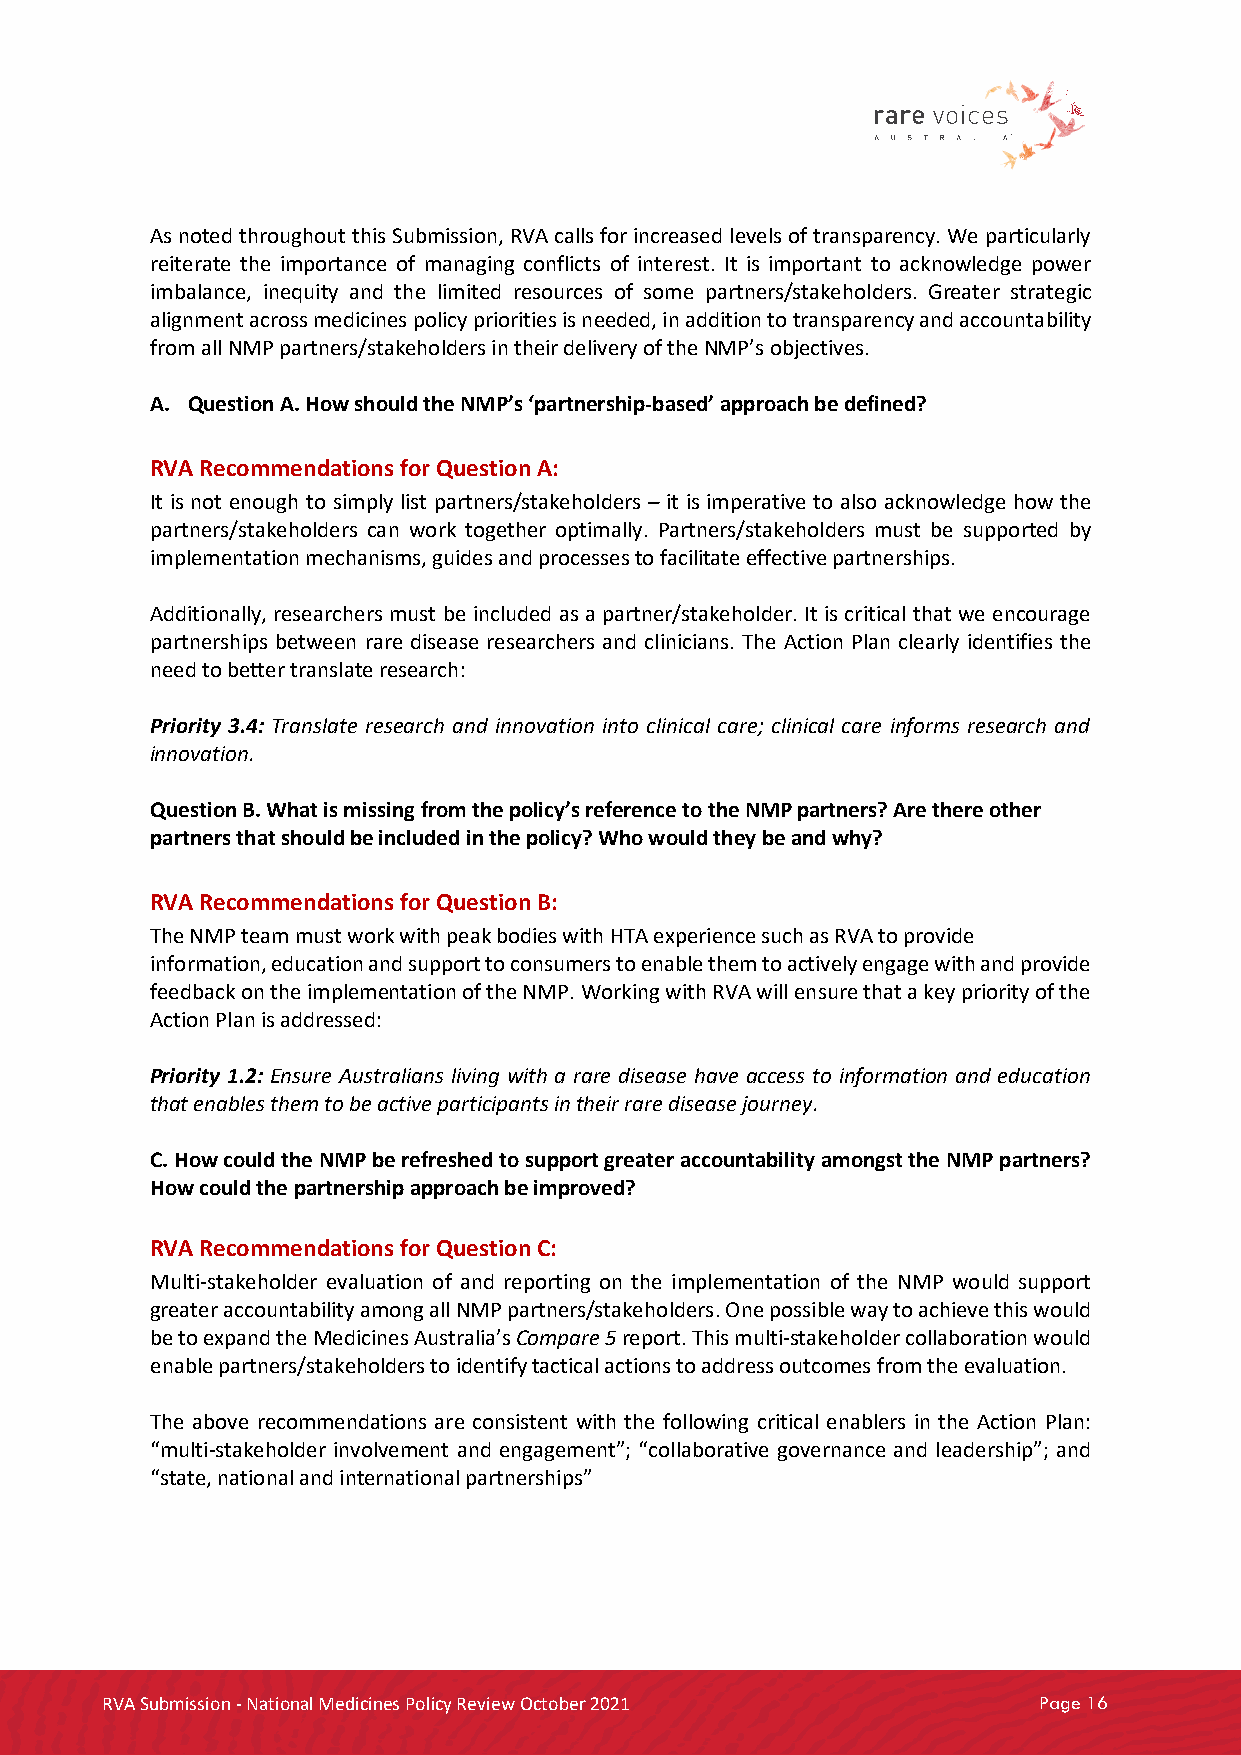
As noted throughout this Submission, RVA calls for increased levels of transparency. We particularly
 reiterate the importance of managing conflicts of interest. It is important to acknowledge power
 imbalance, inequity and the limited resources of some partners/stakeholders. Greater strategic
 alignment across medicines policy priorities is needed, in addition to transparency and accountability
 from all NMP partners/stakeholders in their delivery of the NMP’s objectives.
 A. Question A. How should the NMP’s ‘partnership-based’ approach be defined?
 RVA Recommendations for Question A:
 It is not enough to simply list partners/stakeholders – it is imperative to also acknowledge how the
 partners/stakeholders can work together optimally. Partners/stakeholders must be supported by
 implementation mechanisms, guides and processes to facilitate effective partnerships.
 Additionally, researchers must be included as a partner/stakeholder. It is critical that we encourage
 partnerships between rare disease researchers and clinicians. The Action Plan clearly identifies the
 need to better translate research:
 Priority 3.4: Translate research and innovation into clinical care; clinical care informs research and
 innovation.
 Question B. What is missing from the policy’s reference to the NMP partners? Are there other
 partners that should be included in the policy? Who would they be and why?
 RVA Recommendations for Question B:
 The NMP team must work with peak bodies with HTA experience such as RVA to provide
 information, education and support to consumers to enable them to actively engage with and provide
 feedback on the implementation of the NMP. Working with RVA will ensure that a key priority of the
 Action Plan is addressed:
 Priority 1.2: Ensure Australians living with a rare disease have access to information and education
 that enables them to be active participants in their rare disease journey.
 C. How could the NMP be refreshed to support greater accountability amongst the NMP partners?
 How could the partnership approach be improved?
 RVA Recommendations for Question C:
 Multi-stakeholder evaluation of and reporting on the implementation of the NMP would support
 greater accountability among all NMP partners/stakeholders. One possible way to achieve this would
 be to expand the Medicines Australia’s Compare 5 report. This multi-stakeholder collaboration would
 enable partners/stakeholders to identify tactical actions to address outcomes from the evaluation.
 The above recommendations are consistent with the following critical enablers in the Action Plan:
 “multi-stakeholder involvement and engagement”; “collaborative governance and leadership”; and
 “state, national and international partnerships”
 RVA Submission - National Medicines Policy Review October 2021 Page 16